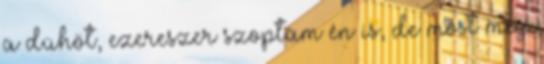
a dühöt, ezereszer szoptam én is, de most meg